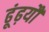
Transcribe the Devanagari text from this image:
ढूंढ़यौ